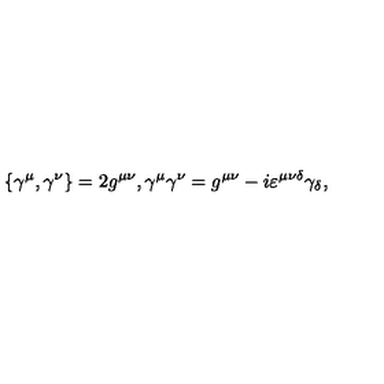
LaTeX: \{ \gamma ^ { \mu } , \gamma ^ { \nu } \} = 2 g ^ { \mu \nu } , \gamma ^ { \mu } \gamma ^ { \nu } = g ^ { \mu \nu } - i \varepsilon ^ { \mu \nu \delta } \gamma _ { \delta } ,